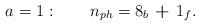
LaTeX: \begin{align*}a=1: \qquad n_{ph}=\hbox{{\bf $8_b$ + $1_f$}}.\end{align*}